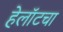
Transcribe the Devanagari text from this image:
हेलॉटचा